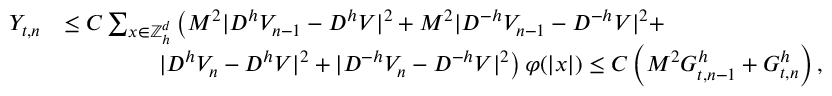
\begin{array} { r l } { Y _ { t , n } } & { \leq C \sum _ { x \in { \mathbb { Z } } _ { h } ^ { d } } \left( M ^ { 2 } | D ^ { h } V _ { n - 1 } - D ^ { h } V | ^ { 2 } + M ^ { 2 } | D ^ { - h } V _ { n - 1 } - D ^ { - h } V | ^ { 2 } + \right. } \\ & { \qquad \qquad \left. | D ^ { h } V _ { n } - D ^ { h } V | ^ { 2 } + | D ^ { - h } V _ { n } - D ^ { - h } V | ^ { 2 } \right) \varphi ( | x | ) \le C \left( M ^ { 2 } G _ { t , n - 1 } ^ { h } + G _ { t , n } ^ { h } \right) , } \end{array}